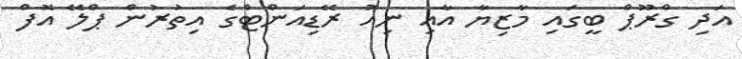
އަދި ގްރޫޕް ބީގައި މާޒިޔާ އާއި ނިއު ރޭޑިއަންޓްގެ އިތުރުން ޕްލޭ އޮފް